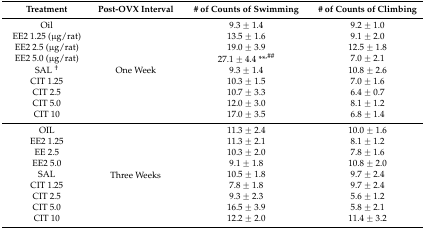
<table><thead><tr><td><b>Treatment</b></td><td><b>Post-OVX Interval</b></td><td><b># of Counts of Swimming</b></td><td><b># of Counts of Climbing</b></td></tr></thead><tbody><tr><td>Oil</td><td rowspan="9">One Week</td><td>9.3 ± 1.4</td><td>9.2 ± 1.0</td></tr><tr><td>EE2 1.25 (μg/rat)</td><td>13.5 ± 1.6</td><td>9.1 ± 2.0</td></tr><tr><td>EE2 2.5 (μg/rat)</td><td>19.0 ± 3.9</td><td>12.5 ± 1.8</td></tr><tr><td>EE2 5.0 (μg/rat)</td><td>27.1 ± 4.4 **<sup>,##</sup></td><td>7.0 ± 2.1</td></tr><tr><td>SAL <sup>†</sup></td><td>9.3 ± 1.4</td><td>10.8 ± 2.6</td></tr><tr><td>CIT 1.25</td><td>10.3 ± 1.5</td><td>7.0 ± 1.6</td></tr><tr><td>CIT 2.5</td><td>10.7 ± 3.3</td><td>6.4 ± 0.7</td></tr><tr><td>CIT 5.0</td><td>12.0 ± 3.0</td><td>8.1 ± 1.2</td></tr><tr><td>CIT 10</td><td>17.0 ± 3.5</td><td>6.8 ± 1.4</td></tr><tr><td>OIL</td><td rowspan="9">Three Weeks</td><td>11.3 ± 2.4</td><td>10.0 ± 1.6</td></tr><tr><td>EE2 1.25</td><td>11.3 ± 2.1</td><td>8.1 ± 1.2</td></tr><tr><td>EE 2.5</td><td>10.3 ± 2.0</td><td>7.8 ± 1.6</td></tr><tr><td>EE2 5.0</td><td>9.1 ± 1.8</td><td>10.8 ± 2.0</td></tr><tr><td>SAL</td><td>10.5 ± 1.8</td><td>9.7 ± 2.4</td></tr><tr><td>CIT 1.25</td><td>7.8 ± 1.8</td><td>9.7 ± 2.4</td></tr><tr><td>CIT 2.5</td><td>9.3 ± 2.3</td><td>5.6 ± 1.2</td></tr><tr><td>CIT 5.0</td><td>16.5 ± 3.9</td><td>5.8 ± 2.1</td></tr><tr><td>CIT 10</td><td>12.2 ± 2.0</td><td>11.4 ± 3.2</td></tr></tbody></table>